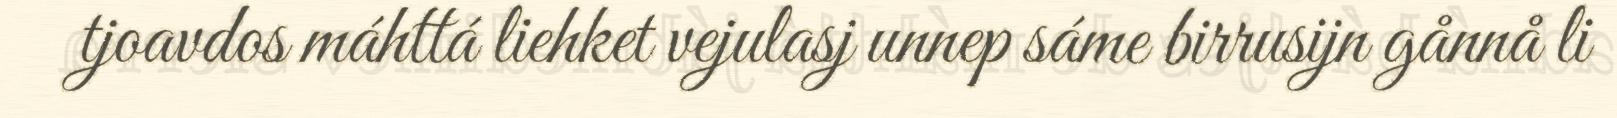
tjoavdos máhttá liehket vejulasj unnep sáme birrusijn gånnå li